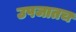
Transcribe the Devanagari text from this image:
उपजातच